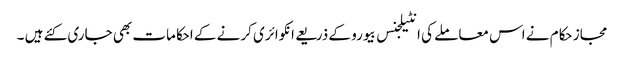
مجاز حکام نے اس معاملے کی انٹیلجنس بیورو کے ذریعے انکوائری کرنے کے احکامات بھی جاری کئے ہیں ۔